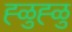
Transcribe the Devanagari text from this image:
ह्ळुह्ळु